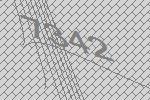
7342